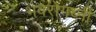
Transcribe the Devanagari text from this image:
भवरोगघ्नीं